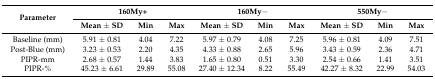
<table><thead><tr><td rowspan="2"><b>Parameter</b></td><td colspan="3"><b>160My+</b></td><td colspan="3"><b>160My−</b></td><td colspan="3"><b>550My−</b></td></tr><tr><td><b>Mean ± SD</b></td><td><b>Min</b></td><td><b>Max</b></td><td><b>Mean ± SD</b></td><td><b>Min</b></td><td><b>Max</b></td><td><b>Mean ± SD</b></td><td><b>Min</b></td><td><b>Max</b></td></tr></thead><tbody><tr><td>Baseline (mm)</td><td>5.91 ± 0.81</td><td>4.04</td><td>7.22</td><td>5.97 ± 0.79</td><td>4.08</td><td>7.25</td><td>5.96 ± 0.81</td><td>4.09</td><td>7.51</td></tr><tr><td>Post-Blue (mm)</td><td>3.23 ± 0.53</td><td>2.20</td><td>4.35</td><td>4.33 ± 0.88</td><td>2.65</td><td>5.96</td><td>3.43 ± 0.59</td><td>2.36</td><td>4.71</td></tr><tr><td>PIPR-mm</td><td>2.68 ± 0.57</td><td>1.44</td><td>3.83</td><td>1.65 ± 0.80</td><td>0.51</td><td>3.30</td><td>2.54 ± 0.66</td><td>1.41</td><td>3.51</td></tr><tr><td>PIPR-%</td><td>45.23 ± 6.61</td><td>29.89</td><td>55.08</td><td>27.40 ± 12.34</td><td>8.22</td><td>55.49</td><td>42.27 ± 8.32</td><td>22.99</td><td>54.03</td></tr></tbody></table>